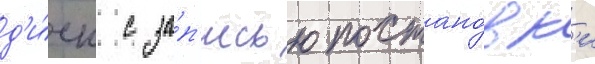
д'и́ск с за́п'исью постано́вк'и